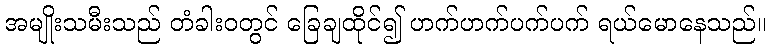
အမျိုးသမီးသည် တံခါးဝတွင် ခြေချထိုင်၍ ဟက်ဟက်ပက်ပက် ရယ်မောနေသည်။